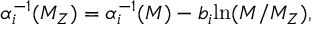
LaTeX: \alpha _ { i } ^ { - 1 } ( M _ { Z } ) = \alpha _ { i } ^ { - 1 } ( M ) - b _ { i } \mathrm { l n } ( M / M _ { Z } ) ,